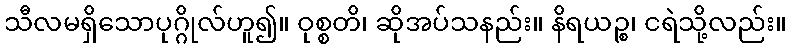
သီလမရှိသောပုဂ္ဂိုလ်ဟူ၍။ ဝုစ္စတိ၊ ဆိုအပ်သနည်း။ နိရယဉ္စ၊ ငရဲသို့လည်း။